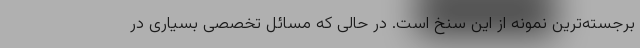
برجسته‌ترین نمونه از این سنخ است. در حالی که مسائل تخصصی بسیاری در